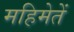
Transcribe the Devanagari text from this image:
महिमेतें